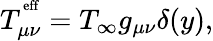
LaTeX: T_{\mu\nu}^{^\mathrm{eff}}=T_{\infty}g_{\mu\nu}\delta(y),